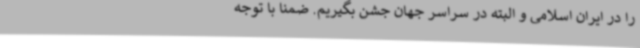
را در ایران اسلامی و البته در سراسر جهان جشن بگیریم. ضمنا با توجه